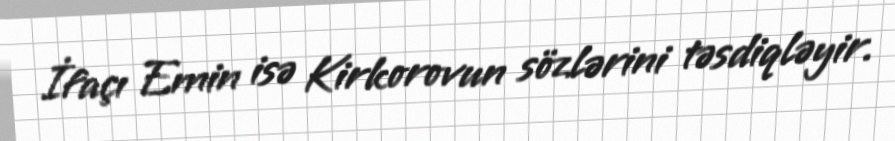
İfaçı Emin isə Kirkorovun sözlərini təsdiqləyir.